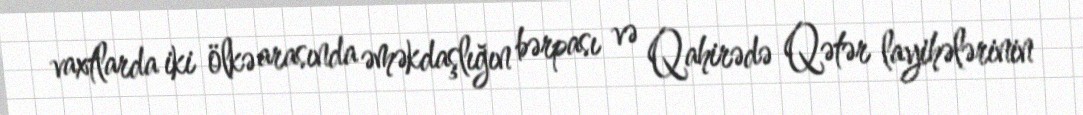
vaxtlarda iki ölkə arasında əməkdaşlığın bərpası və Qahirədə Qətər layihələrinin